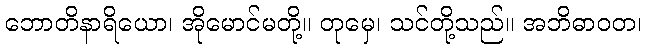
ဘောတိနာရိယော၊ အိုမောင်မတို့။ တုမှေ၊ သင်တို့သည်။ အဘိဓာဝတ၊